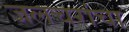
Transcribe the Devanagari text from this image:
जलचरांचा